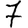
Digit: 7